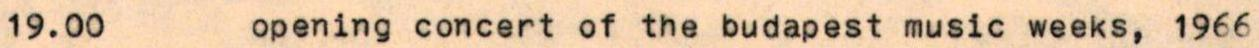
opening concert of the budapest music weeks, 1966